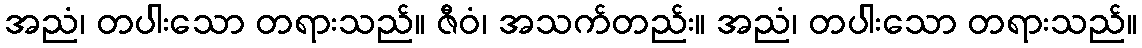
အညံ၊ တပါးသော တရားသည်။ ဇီဝံ၊ အသက်တည်း။ အညံ၊ တပါးသော တရားသည်။